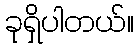
ခုရှိပါတယ်။